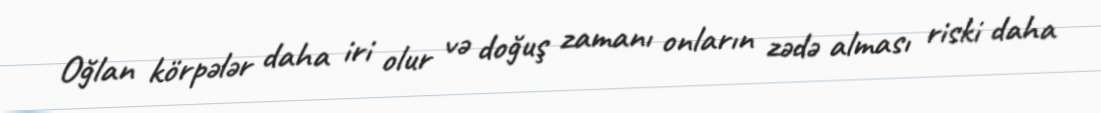
Oğlan körpələr daha iri olur və doğuş zamanı onların zədə alması riski daha